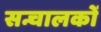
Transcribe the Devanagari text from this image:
सन्चालकों